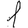
Digit: 1